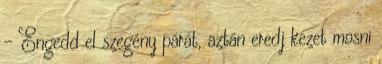
- Engedd el szegény párát, aztán eredj kezet mosni